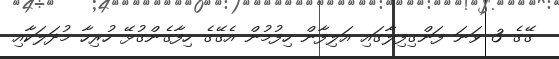
ގޭގެ 3 ވަނަ ފަންގިފިލާގައި އަލިފާން ހިފުމުން އެގޭގެ ހިފާގެންގުޅޭ ހުރިހާ މުދަލަކާއި